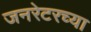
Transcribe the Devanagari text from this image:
जनरेटरच्या